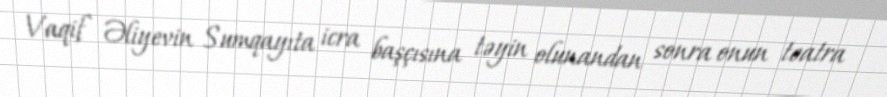
Vaqif Əliyevin Sumqayıta icra başçısına təyin olunandan sonra onun teatra